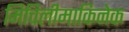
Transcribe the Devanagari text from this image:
मिचिलीमाकिनेक